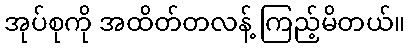
အုပ်စုကို အထိတ်တလန့် ကြည့်မိတယ်။